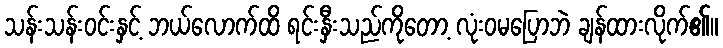
သန်းသန်းဝင်းနှင့် ဘယ်လောက်ထိ ရင်းနှီးသည်ကိုတော့ လုံးဝမပြောဘဲ ချန်ထားလိုက်၏။